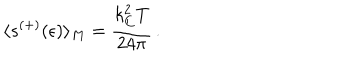
LaTeX: \langle s ^ { ( + ) } ( \epsilon ) \rangle _ { M } = \frac { k _ { C } ^ { 2 } T } { 2 4 \pi } \, { . }